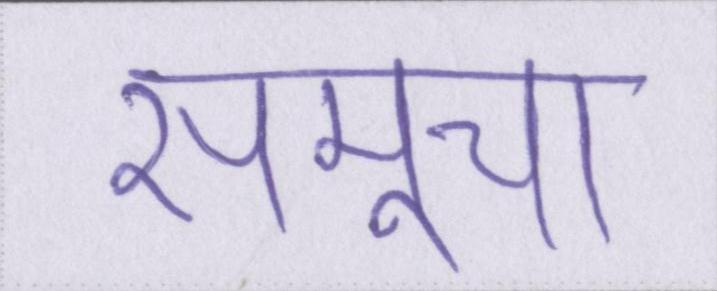
समूचा